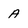
Character: A